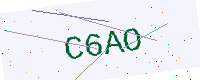
Text: C6AO